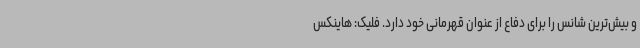
و بیش‌ترین شانس را برای دفاع از عنوان قهرمانی خود دارد. فلیک: هاینکس